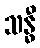
သန္ဓီ